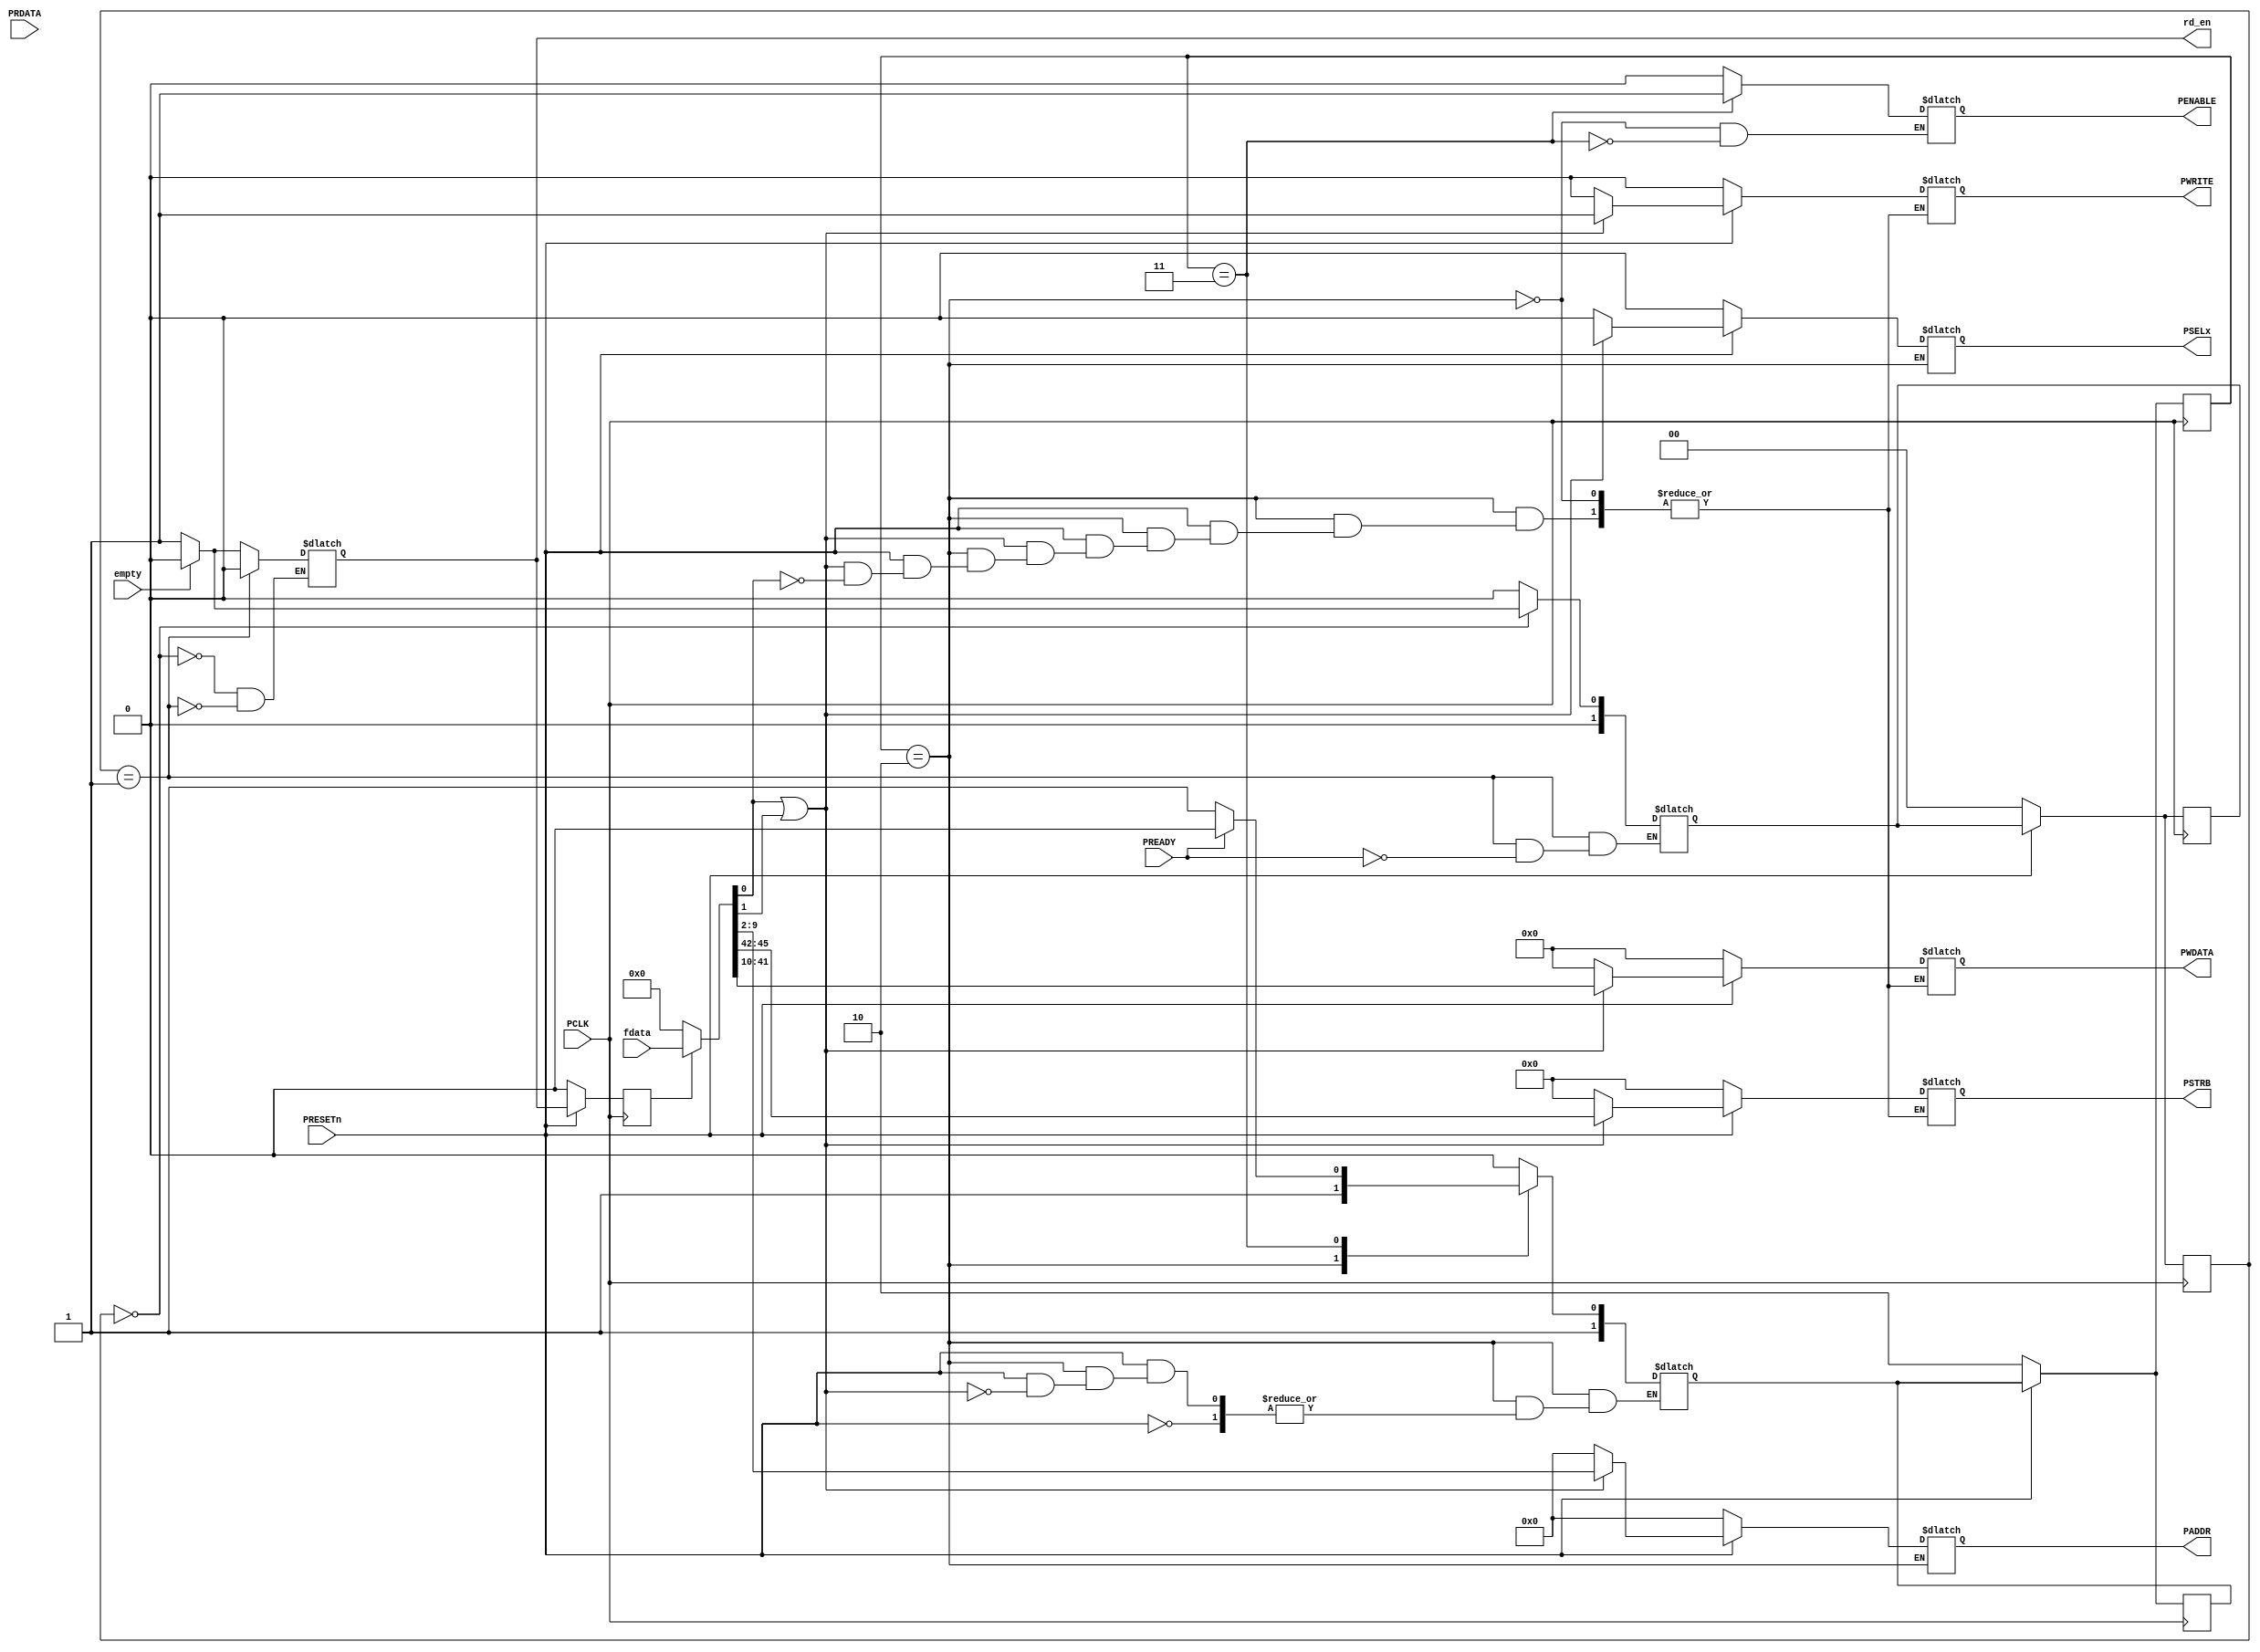
module apb_master#(
  parameter DATA_WIDTH = 32,
  parameter ADDR_WIDTH = 8,
  parameter SLV_ADDR_WIDTH = 8,
  parameter SLV_CNT    = 1
  )
  (
  input                         PCLK,
  input                         PRESETn,
  // From FIFO
  input                         empty,
  input [2+ADDR_WIDTH+DATA_WIDTH+DATA_WIDTH/8-1:0] fdata,
  output reg                    rd_en,
  // To APB SLAVE
  input                         PREADY,
  input [DATA_WIDTH-1:0]        PRDATA,
  output reg [ADDR_WIDTH-1:0]   PADDR,
  output reg [DATA_WIDTH-1:0]   PWDATA,
  output reg                    PENABLE,
  output reg                    PWRITE,
  output reg [DATA_WIDTH/8-1:0] PSTRB,
  output reg [SLV_CNT-1:0]      PSELx
  );

parameter TMP = SLV_ADDR_WIDTH;

parameter F_IDLE = 2'b00;
parameter F_WAIT = 2'b01;
parameter IDLE   = 2'b10;
parameter ENABLE = 2'b11;

wire [ADDR_WIDTH-1:0]   addr;
wire [DATA_WIDTH-1:0]   data;
wire [DATA_WIDTH/8-1:0] byte_en;
wire rd,wr;
reg fvalid;

assign {byte_en,data,addr,rd,wr} = fvalid? fdata : {2+ADDR_WIDTH+DATA_WIDTH+DATA_WIDTH/8{1'b0}};

reg [1:0] fifo_state;
reg [1:0] fifo_nxt_state;
reg [1:0] state;
reg [1:0] nxt_state;

always @(posedge PCLK)
  if(!PRESETn) begin
    fifo_state      <= F_IDLE;
    fifo_nxt_state  <= F_IDLE;
    state           <= IDLE;
    nxt_state       <= IDLE;
    fvalid          <= 1'b0;
  end else begin
    fifo_state      <= fifo_nxt_state;
    state           <= nxt_state;
    fvalid          <= rd_en;
  end

//FIFO FSM
always @(*)  begin
  case(fifo_state)
  F_IDLE: begin
            if(!empty) begin
              rd_en = 1'b1;
              fifo_nxt_state = F_WAIT;
            end else begin
              fifo_nxt_state = F_IDLE;
              rd_en = 1'b0;
            end
          end
  F_WAIT: begin
            rd_en = 1'b0;
            if(PREADY)
              fifo_nxt_state = F_IDLE;
          end
  default : fifo_nxt_state = F_IDLE;
  endcase
end

// APB MASTER FSM
always @(*) begin
  case(state)
    IDLE: begin
            if(!PRESETn) begin
              PSELx    = {SLV_CNT{1'b0}};
              PADDR    = {ADDR_WIDTH{1'b0}};
              PENABLE  = 1'b0;
              PWDATA   = {DATA_WIDTH{1'b0}};
              PWRITE   = 1'b0;
              PSTRB    = {DATA_WIDTH/8{1'b0}};
            end else if(wr|rd) begin
              PSELx    = {SLV_CNT{1'b0}};
              //PSELx    = addr[9]? 3'b100: addr[8]? 3'b010 : 3'b001; //FIXME
              PSELx    = {addr[9],!addr[9]&addr[8],!addr[9]&!addr[8]}; //FIXME
              PADDR    = addr;
              PENABLE  = 1'b0;
              if(wr) begin
                PWDATA   = data;
                PWRITE   = 1'b1;
                PSTRB    = byte_en;
              end
              nxt_state= ENABLE;
            end else begin
              PSELx    = {SLV_CNT{1'b0}};
              PADDR    = {ADDR_WIDTH{1'b0}};
              PENABLE  = 1'b0;
              PWDATA   = {DATA_WIDTH{1'b0}};
              PWRITE   = 1'b0;
              PSTRB    = {DATA_WIDTH/8{1'b0}};
            end
          end

    ENABLE: begin
             PENABLE  = 1'b1;
             if(PREADY) begin
               nxt_state= IDLE;
             end else begin
               nxt_state= ENABLE;
             end
           end

    default : nxt_state = IDLE;
  endcase
end


endmodule